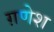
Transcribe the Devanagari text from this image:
ग़णेश